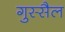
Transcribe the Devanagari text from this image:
गुस्सैल